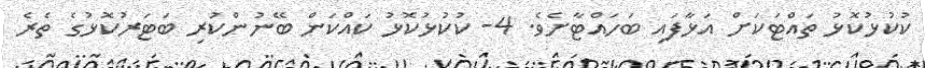
ކުކުޅުކޮޅު ތައްޓަކަށް އަޅާފައި ބަހައްޓާށެވެ. 4- ކުކުޅުކޮޅު ކައްކަން ބޭނުންކުރި ބަޓަރުކޮޅުގެ ތެރެ